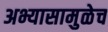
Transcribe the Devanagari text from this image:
अभ्यासामुळेच